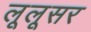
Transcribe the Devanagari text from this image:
लूलूसर